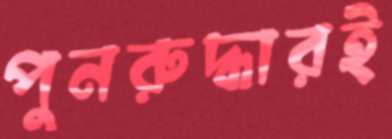
পুনরুদ্ধারই